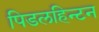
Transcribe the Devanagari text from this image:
पिडलहिन्टन